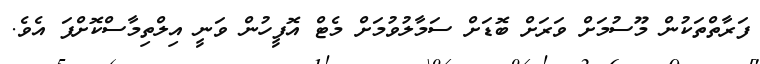
ފަރާތްތަކުން މޫސުމަށް ވަރަށް ބޮޑަށް ސަމާލުވުމަށް މެޓް އޮފީހުން ވަނީ އިލްތިމާސްކޮށްފަ އެވެ.